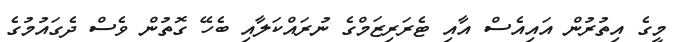
މީގެ އިތުރުން އައިއެސް އާއި ޓެރަރިޒަމްގެ ނުރައްކަލާއި ބެހޭ ގޮތުން ވެސް ދެގައުމުގެ